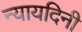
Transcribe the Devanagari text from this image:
न्यायदिनी